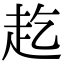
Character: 䞘